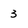
Character: 3